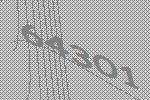
64301